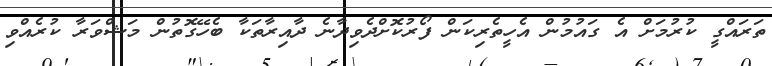
ތަރައްގީ ކުރުމަށް އެ ގައުމުން އެހީތެރިކަން ފޯރުކޮށްދެވިދާނެ ދާއިރާތަކާ ބެހޭގޮތުން މަޝްވަރާ ކުރެއްވި